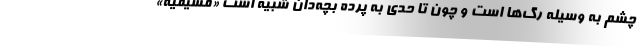
چشم به وسیله رگ‌ها است و چون تا حدی به پرده بچه‌دان شبیه است «مشیمیه»